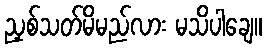
ညှစ်သတ်မိမည်လား မသိပါချေ။